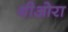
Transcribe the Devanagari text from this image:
थीओरा